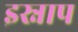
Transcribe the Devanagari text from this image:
इस्नाप